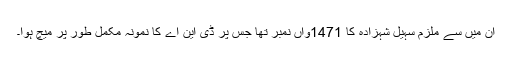
ان میں سے ملزم سہیل شہزادہ کا 1471واں نمبر تھا جس پر ڈی این اے کا نمونہ مکمل طور پر میچ ہوا۔